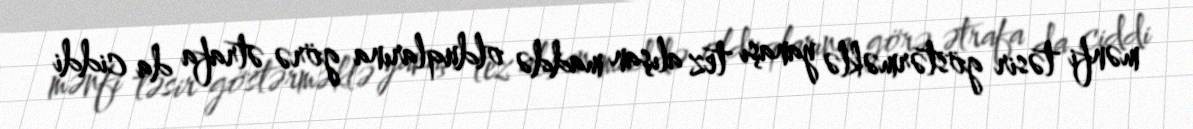
mənfi təsir göstərməklə yanaşı tez alışan maddə olduqlarına görə ətrafa da ciddi